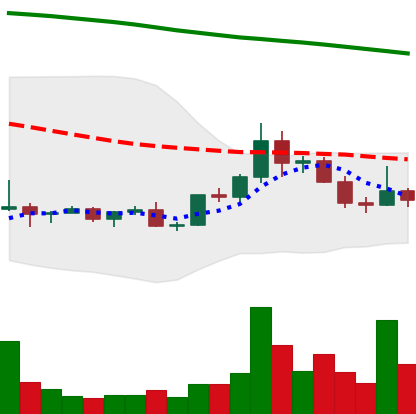
Ticker: DOGE-USD
Chart end date: 2022-02-14
Forward return: -3.286%
Label: down_3_5